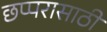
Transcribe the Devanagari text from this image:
छप्परासाठी